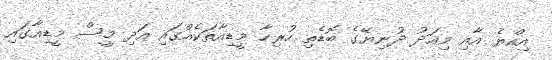
އިއްޔެ އާއި މިއަދު ދުނިޔޭގެ ބޮޑެތި ހުރިހާ މީޑިއާތަކެއްގައި އަދި މީސް މީޑިއާގައި